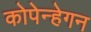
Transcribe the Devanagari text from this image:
कोपेन्हेगन